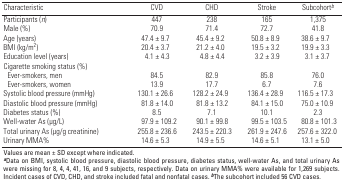
<table><thead><tr><td><b>Characteristic</b></td><td><b>CVD </b></td><td><b>CHD</b></td><td><b>Stroke </b></td><td><b>Subcohort<sup><i>b</i></sup></b></td></tr></thead><tbody><tr><td><b>Participants (<i>n</i>)</b></td><td>447</td><td>238</td><td>165</td><td>1,375</td></tr><tr><td><b>Male (%) </b></td><td>70.9</td><td>71.4</td><td>72.7</td><td>41.8</td></tr><tr><td><b>Age (years) </b></td><td>47.4 ± 9.7</td><td>45.4 ± 9.2</td><td>50.8 ± 8.9</td><td>38.6 ± 9.7</td></tr><tr><td><b>BMI (kg/m<sup>2</sup>) </b></td><td>20.4 ± 3.7</td><td>21.2 ± 4.0</td><td>19.5 ± 3.2</td><td>19.9 ± 3.3</td></tr><tr><td><b>Education level (years)</b></td><td>4.1 ± 4.3</td><td>4.8 ± 4.4</td><td>3.2 ± 3.9</td><td>3.1 ± 3.7</td></tr><tr><td><b>Cigarette smoking status (%)</b></td><td></td><td></td><td></td><td></td></tr><tr><td><b>Ever-smokers, men</b></td><td>84.5</td><td>82.9</td><td>85.8</td><td>76.0</td></tr><tr><td><b>Ever-smokers, women </b></td><td>13.9</td><td>17.7</td><td>6.7</td><td>7.6</td></tr><tr><td><b>Systolic blood pressure (mmHg)</b></td><td>130.1 ± 26.6</td><td>128.2 ± 24.9</td><td>136.4 ± 28.9</td><td>116.5 ± 17.3</td></tr><tr><td><b>Diastolic blood pressure (mmHg)</b></td><td>81.8 ± 14.0</td><td>81.8 ± 13.2</td><td>84.1 ± 15.0</td><td>75.0 ± 10.9</td></tr><tr><td><b>Diabetes status (%)</b></td><td>8.5</td><td>7.1</td><td>10.1</td><td>2.3</td></tr><tr><td><b>Well-water As (μg/L)</b></td><td>97.9 ± 109.2</td><td>90.1 ± 99.8</td><td>99.5 ± 103.5</td><td>80.8 ± 101.3</td></tr><tr><td><b>Total urinary As (μg/g creatinine) </b></td><td>255.8 ± 236.6</td><td>243.5 ± 220.3</td><td>261.9 ± 247.6</td><td>257.6 ± 322.0</td></tr><tr><td><b>Urinary MMA%</b></td><td>14.6 ± 5.3</td><td>14.9 ± 5.5</td><td>14.6 ± 5.1</td><td>13.1 ± 5.0</td></tr><tr><td colspan="5">Values are mean ± SD except where indicated.<sup><i><b>a</b></i></sup>Data on BMI, systolic blood pressure, diastolic blood pressure, diabetes status, well-water As, and total urinary As were missing for 8, 4, 4, 41, 16, and 9 subjects, respectively. Data on urinary MMA% were available for 1,269 subjects. Incident cases of CVD, CHD, and stroke included fatal and nonfatal cases. <sup><i><b>b</b></i></sup>The subcohort included 56 CVD cases.</td></tr></tbody></table>